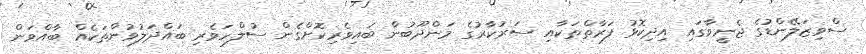
ސްވިޒަލޭންޑުގެ ޖެނީވާގައި އިދިކޮޅު ފަރާތްތަކާއި ސަރުކާރުގެ މަންދޫބުން ބައިވެރިކޮށްގެން ސުލްހަވެރި ބައްދަލުވުންތަކެއް ބާއްވަން